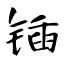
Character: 锸